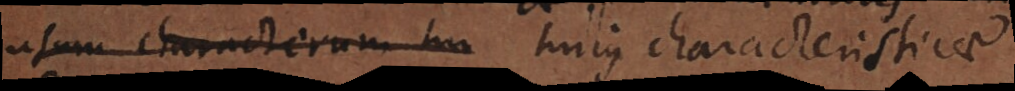
usum characterum hu hujus characteristicae